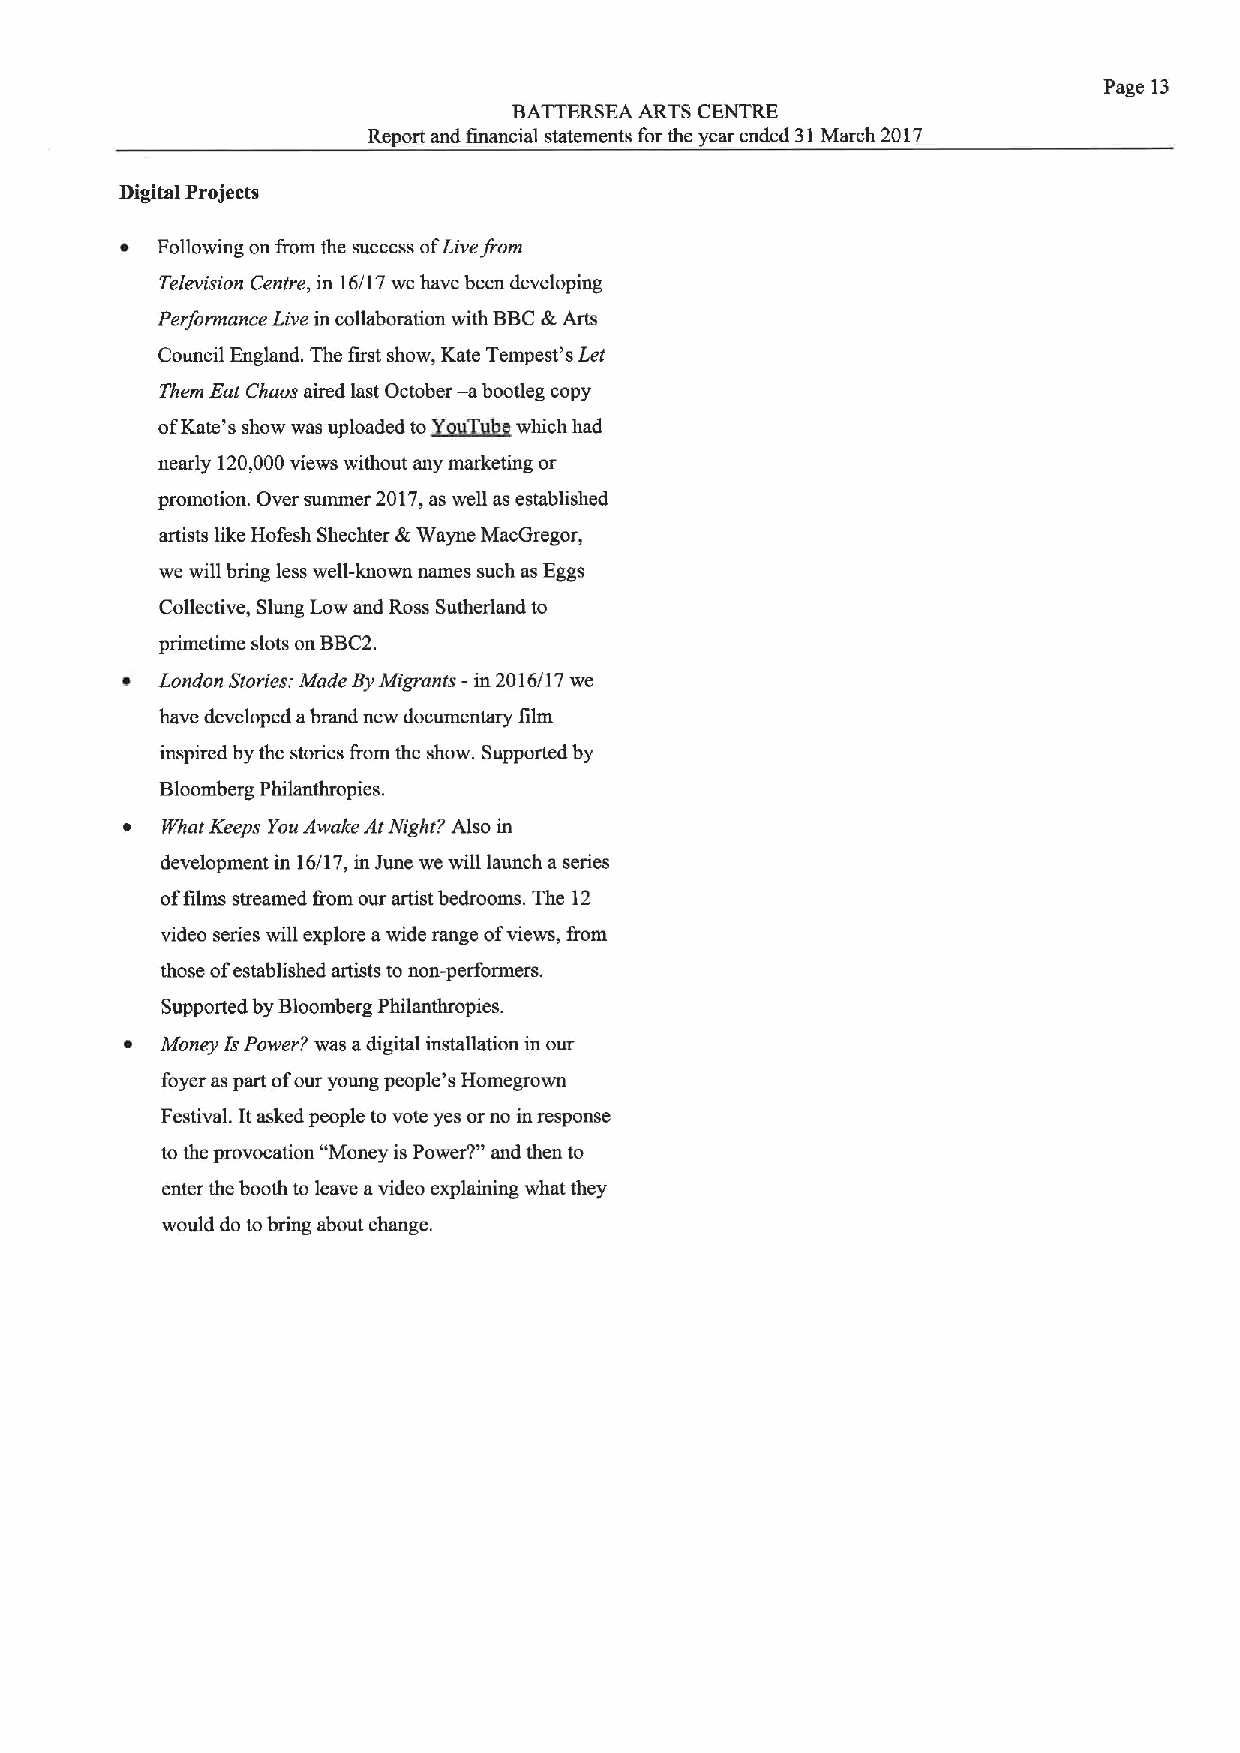
Page 13
 BATTERSEA ARTS CENTRE
 Report and financial statements for the year ended 31March 2017
 Digital Projects
 ~ Following on &om the success ofLivejom
 Television Centre, in 16/17 we have been developing
 Performance Live in collaboration with BBC&Arts
 Council England. The first show, Kate Tempest's Let
 —
 Them Eot Chaos aired last October abootleg copy
 ofKate's show was uploaded toXaauTu ewhich had
 nearly 120,000views without any marketing or
 promotion. Over summer 2017,as well as established
 artists like Hofesh Shechter &Wayne MacGregor,
 we will bring less well-known names such as Eggs
 Collective, Slung Low and Ross Sutherland to
 primetime slots on BBC2.
 ~ London Stories: Made ByMigrants -in 2016/17 we
 have developed abrand new documentary film
 inspired by the stories &om the show. Supported by
 Bloomberg Philanthropies.
 ~  8%atKeeps You Awake AtNight? Also in
 development in 16/17, in June we will launch a series
 offilms streamed &om our artist bedrooms. The 12
 video series will explore awide range ofviews, &om
 those ofestablished artists to non-performers.
 Supported by Bloomberg Philanthropies.
 ~  Money IsPower? was adigital installation in our
 foyer as part ofour young people's Homegrown
 Festival. Itasked people to vote yes or no in response
 to the provocation "Money is Power?" and then to
 enter the booth to leave avideo explaining what they
 would do tobring about change.